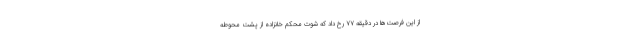
از این فرصت‌ها در دقیقه ۷۷ رخ داد که شوت محکم خانزاده از پشت محوطه